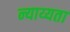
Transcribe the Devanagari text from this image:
न्याय्यता